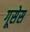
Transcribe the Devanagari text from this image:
गूसेस